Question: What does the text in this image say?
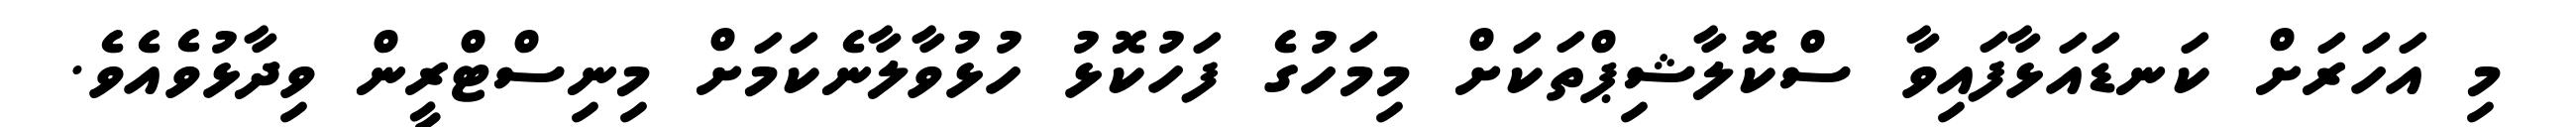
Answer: މި އަހަރަށް ކަނޑައަޅާފައިވާ ސްކޮލާޝިޕްތަކަށް މިމަހުގެ ފަހުކޮޅު ހުޅުވާލާނެކަމަށް މިނިސްޓްރީން ވިދާޅުވެއެވެ.